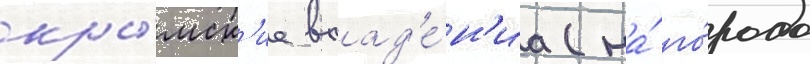
кры́мск'ие влад'е́н'иа (на́ го́рода